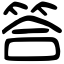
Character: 答